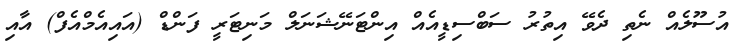
އުސޫލެއް ނެތި ދެވޭ އިތުރު ސަބްސިޑީއެއް އިންޓަނޭޝަނަލް މަނިޓަރީ ފަންޑް (އައިއެމްއެފް) އާއި